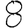
Digit: 8